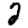
Digit: 2